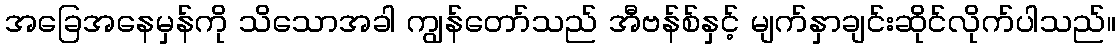
အခြေအနေမှန်ကို သိသောအခါ ကျွန်တော်သည် အီဗန်စ်နှင့် မျက်နှာချင်းဆိုင်လိုက်ပါသည်။